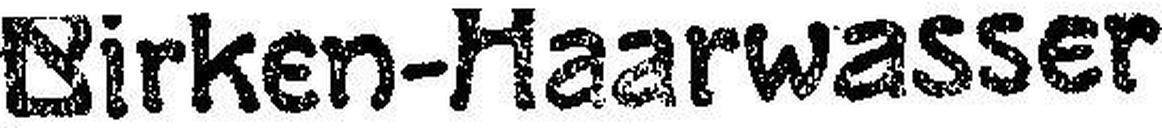
Birken-Haarwasser